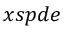
x s p d e